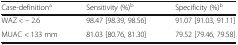
<table><thead><tr><td><b>Case-definition<sup>a</sup></b></td><td><b>Sensitivity (%)<sup>b</sup></b></td><td><b>Specificity (%)<sup>b</sup></b></td></tr></thead><tbody><tr><td>WAZ &lt; − 2.6</td><td>98.47 [98.39, 98.56]</td><td>91.07 [91.03, 91.11]</td></tr><tr><td>MUAC &lt; 133 mm</td><td>81.03 [80.76, 81.30]</td><td>79.52 [79.46, 79.58]</td></tr></tbody></table>